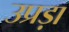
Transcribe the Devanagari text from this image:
उप्रड़ा